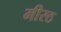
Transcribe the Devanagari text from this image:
मीरठ